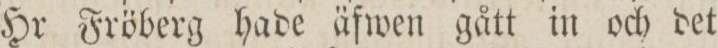
Hr Fröberg hade äfwen gått in och det